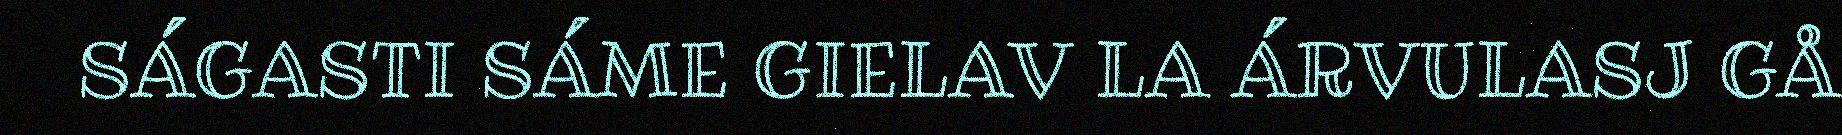
SÁGASTI SÁME GIELAV LA ÁRVULASJ GÅ